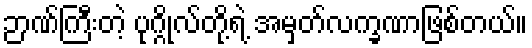
ဉာဏ်ကြီးတဲ့ ပုဂ္ဂိုလ်တို့ရဲ့ အမှတ်လက္ခဏာဖြစ်တယ်။